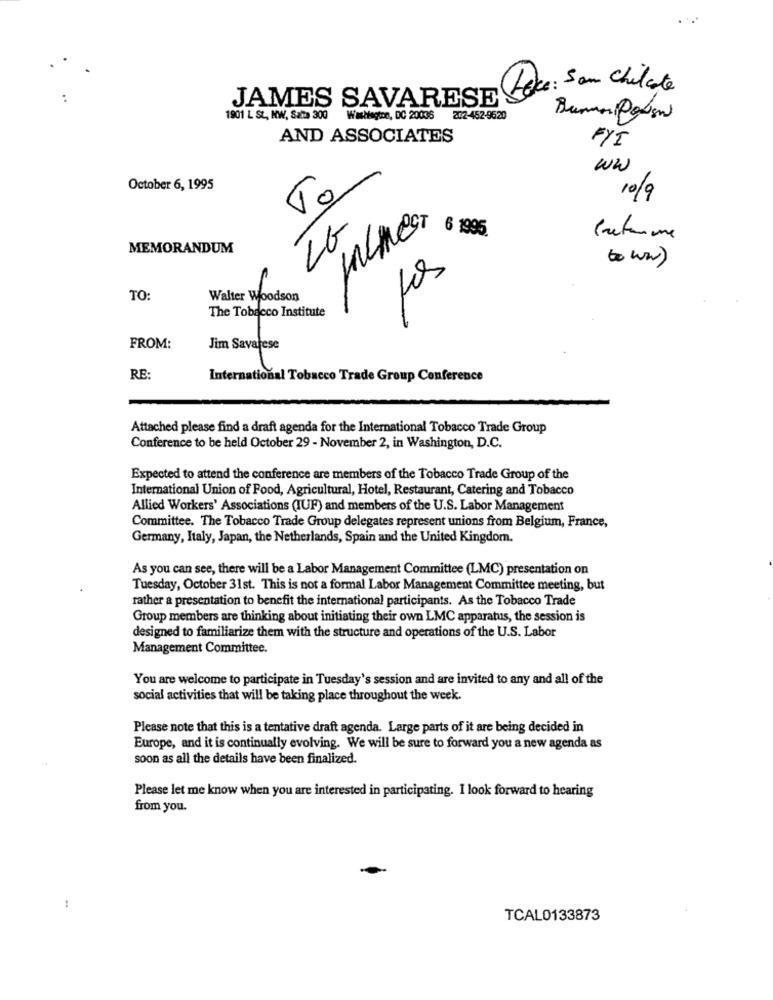
Pace: s an chilate
JAMES SAVARESE
1901 L St, NW, Sata 300 Washington, DC 20036
202-452-9620
Buna Polisin
AND ASSOCIATES
FYI
WW
October 6, 1995
To
10/9
LG
6 1995
MEMORANDUM
to ww)
TO
Walter Woodson
The Tobacco Institute
Sal
FROM:
Jim Savarese
RE:
International Tobacco Trade Group Conference
Attached please find a draft agenda for the International Tobacco Trade Group
Conference to be held October 29 - November 2, in Washington, D.C.
Expected to attend the conference are members of the Tobacco Trade Group of the
International Union of Food, Agricultural, Hotel, Restaurant, Catering and Tobacco
Allied Workers' Associations (IUF) and members of the U.S. Labor Management
Committee. The Tobacco Trade Group delegates represent unions from Belgium, France,
Germany, Italy, Japan, the Netherlands, Spain and the United Kingdom.
As you can see, there will be a Labor Management Committee (LMC) presentation on
Tuesday, October 31st. This is not a formal Labor Management Committee meeting, but
rather a presentation to benefit the international participants. As the Tobacco Trade
Group members are thinking about initiating their own LMC apparatus, the session is
designed to familiarize them with the structure and operations of the U.S. Labor
Management Committee.
You are welcome to participate in Tuesday's session and are invited to any and all of the
social activities that will be taking place throughout the week.
Please note that this is a tentative draft agenda. Large parts of it are being decided in
Europe, and it is continually evolving. We will be sure to forward you a new agenda as
soon as all the details have been finalized.
Please let me know when you are interested in participating. I look forward to hearing
from you.
:
TCAL0133873